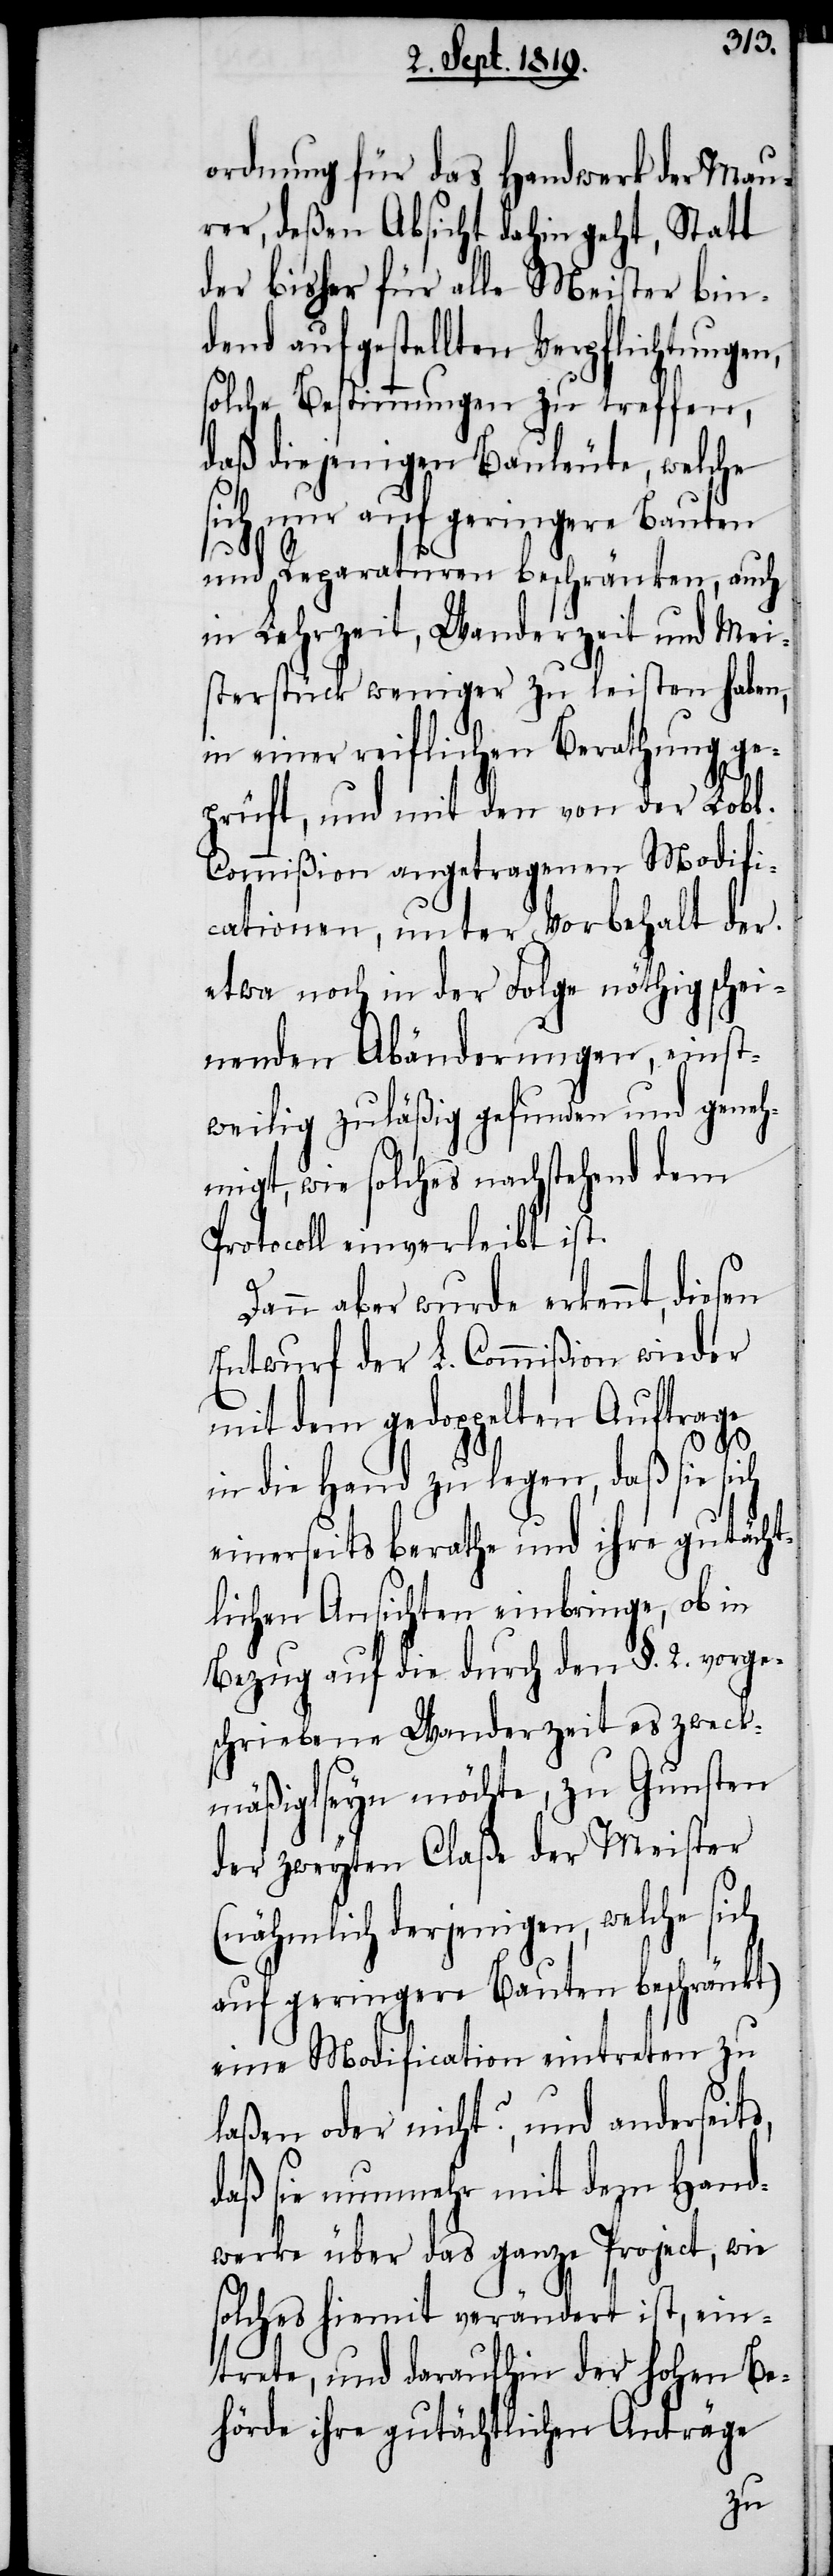
is,
ordnung für das Handwerk der Mau¬
rer, deßen Absicht dahin geht, Statt
der bisher für alle Meister bin¬
dend aufgestellten Verpflichtung,
solche Bestimmungen zu treffen,
daß diejenigen Bauleute, welche
sich nur auf geringere Bauten
und Reparaturen beschränkte, auch
in Lehrzeit, Wanderzeit und Mei¬
sterstück weniger zu leisten haben,
in einer reiflichen Berathung ge¬
prüft, und mit den von der Lobl.
Commißion angetragenen Modifi¬
cationen, unter Vorbehalt der
etwa noch in der Folge nöthig schei¬
nenden Abänderung, einst¬
weilig zuläßig gefunden und geneh¬
migt, wie solches nachstehend dem
Protocoll einverleibt ist.
Dann aber wurde erkennt, diesen
Entwurf der L. Commißion wieder
mit dem gedoppelten Auftrage
in die Hand zu legen, daß sie sich
einerseits berathe und ihre gutächt¬
lichen Ansichten einbringe, ob in
Bezug auf die durch den §. 2. vorge¬
schriebene Wanderzeit es zweck¬
mäßig seyn möchte, zu Gunsten
der zweyten Claße der Meister
(nähmlich derjenigen, welche sich
auf geringere Bauten beschränkt)
eine Modification eintreten zu
laßen oder nicht?, und anderset¬
daß sie nunmehr mit dem Hand¬
werke über das ganze Project, wie
solches hiemit verändert ist, ein¬
trete, und daraufhin der hohen Be¬
hörde ihre gutächtlichen Anträge